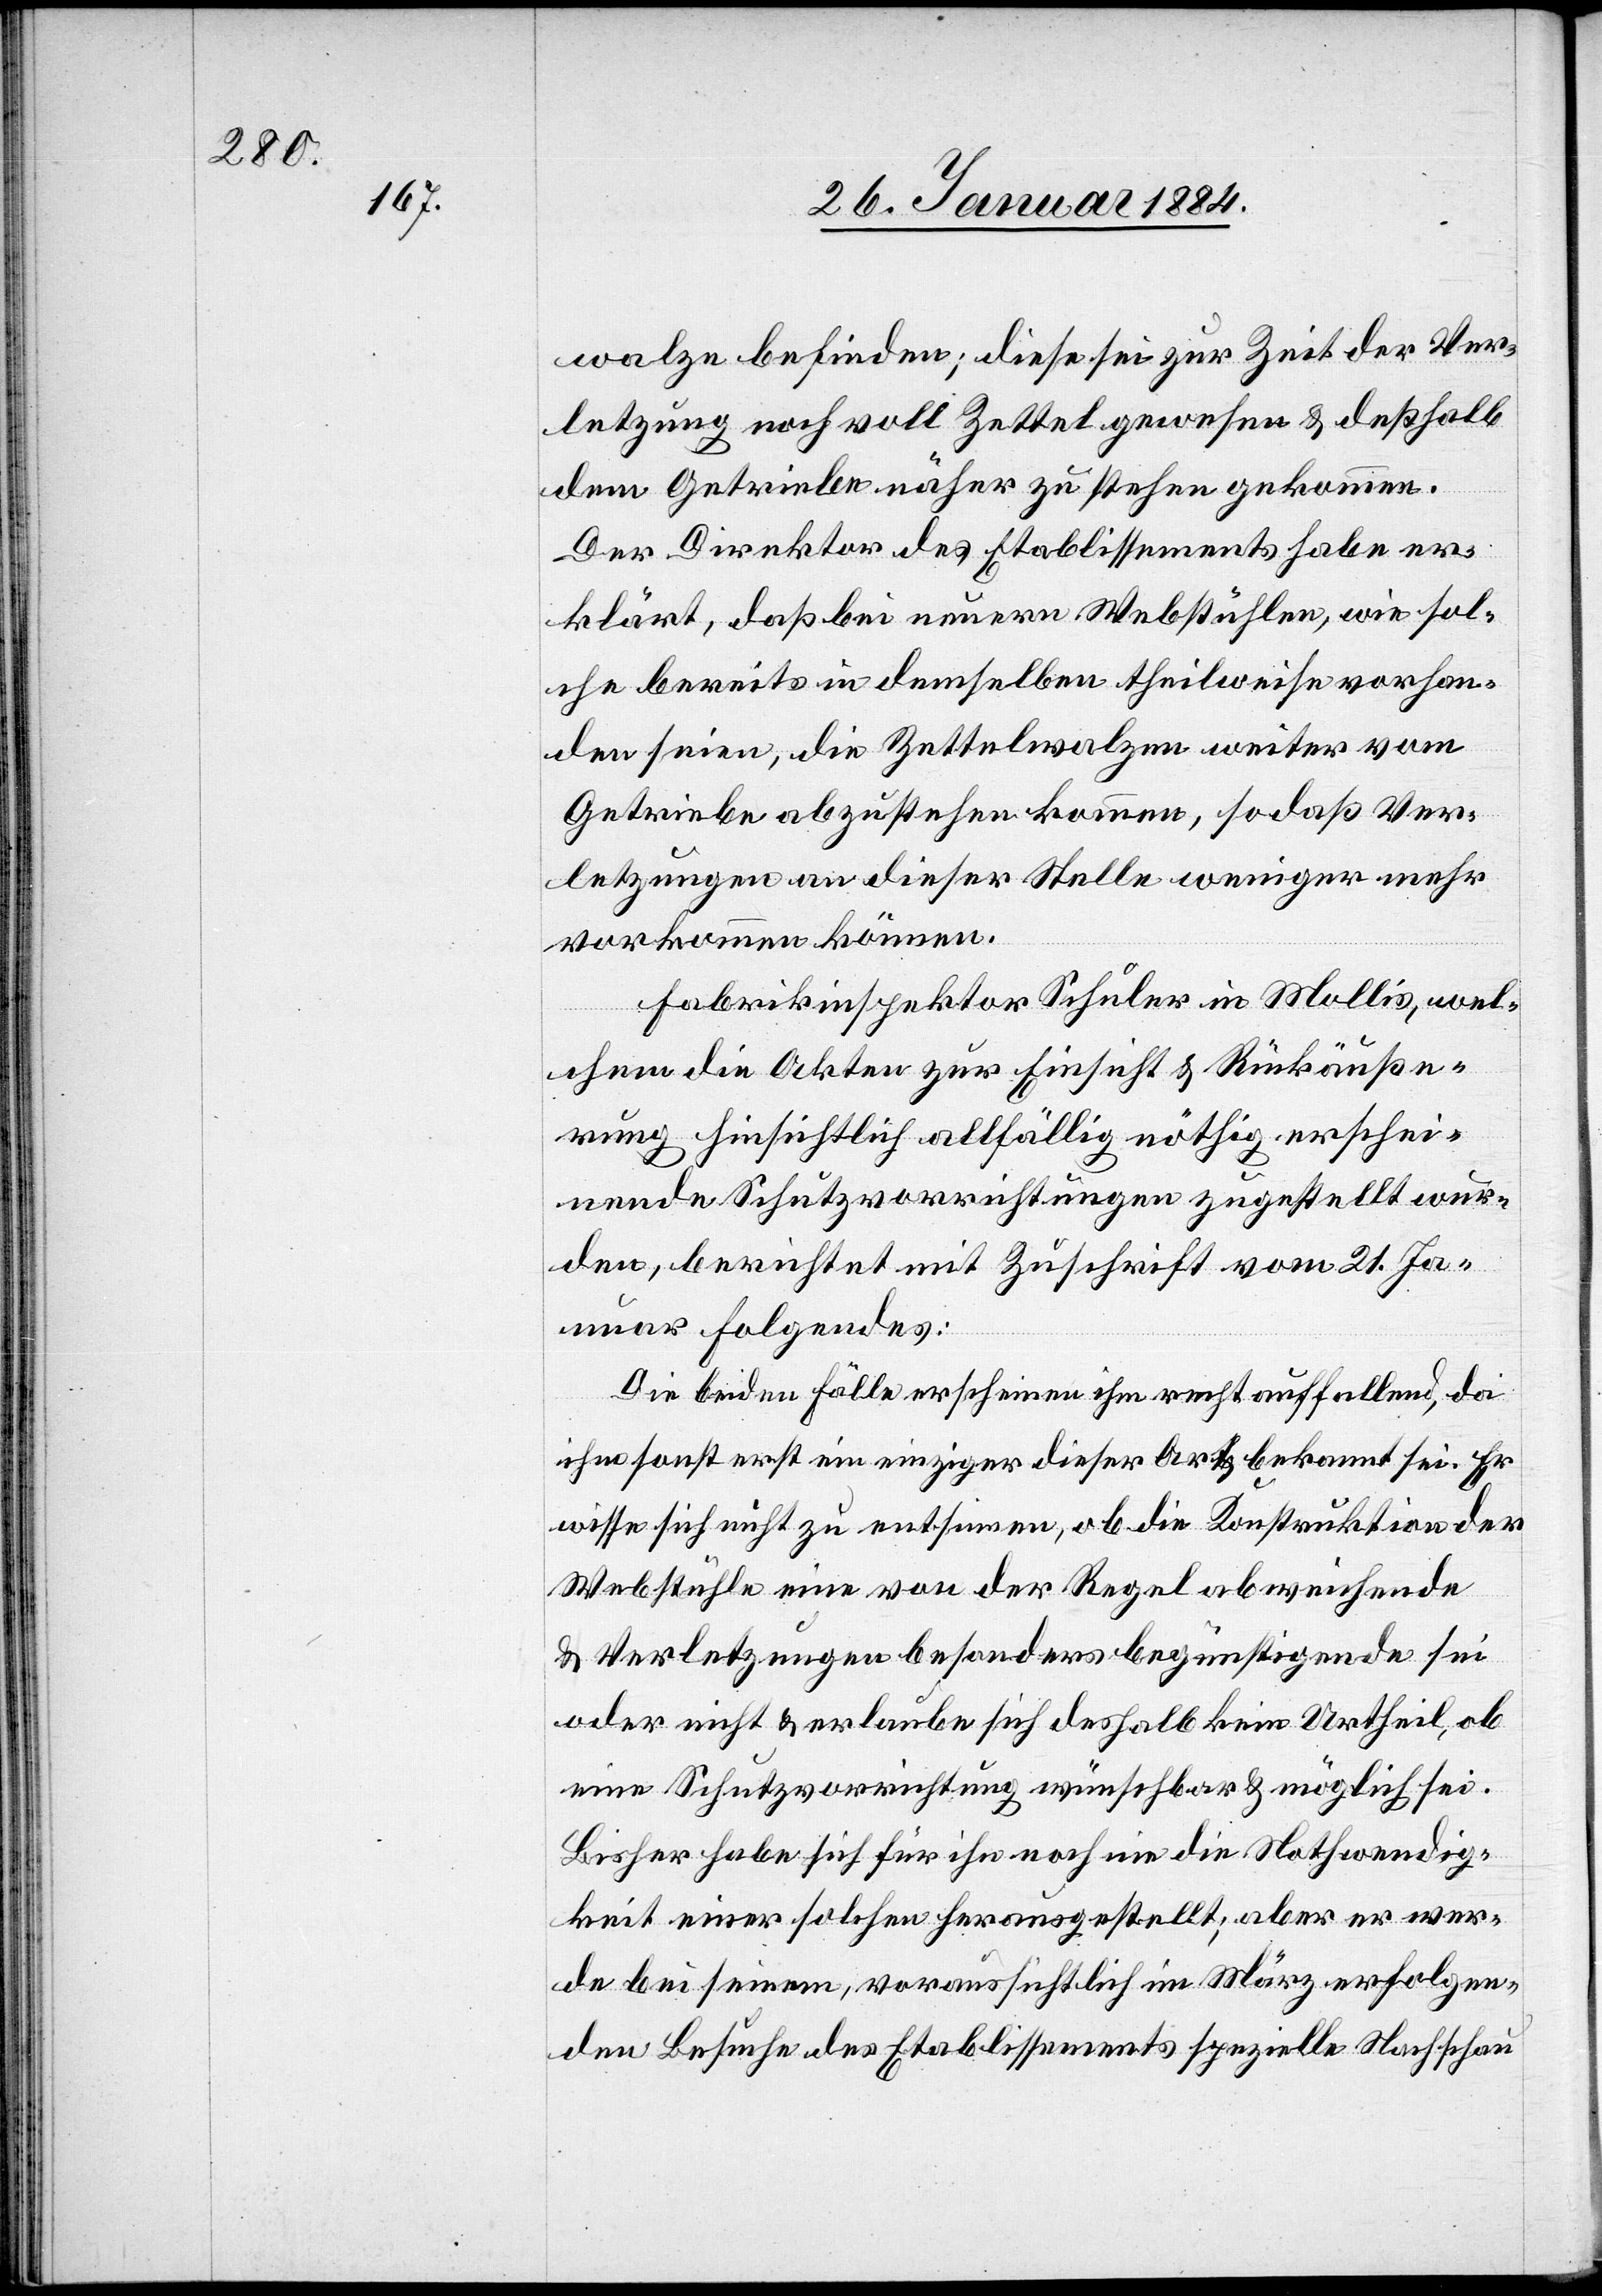
walze befinden; diese sei zur Zeit der Ver¬
letzung noch voll Zettel gewesen & deßhalb
dem Getriebe näher zu stehen gekommen.
Der Direktor des Etablissements habe er¬
klärt, daß bei neuern Webstühlen, wie sol¬
che bereits in demselben theilweise vorhan¬
den seien, die Zettelwalzen weiter vom
Getriebe abzustehen kommen, so daß Ver¬
letzungen an dieser Stelle weniger mehr
vorkommen können.
Fabrikinspektor Schuler in Mollis, wel¬
chem die Akten zur Einsicht & Rückäuße¬
rung hinsichtlich allfällig nöthig erschei¬
nender Schutzvorrichtungen zugestellt wur¬
den, berichtet mit Zuschrift vom 21. Ja¬
nuar Folgendes:
Die beiden Fälle erscheinen ihm recht auffallend, da
ihm sonst erst ein Einziger dieser Art bekannt sei. Er
wisse sich nicht zu entsinnen, ob die Konstruktion der
Webstühle eine von der Regel abweichende
& Verletzungen besonders begünstigende sei
oder nicht & er erlaube sich deshalb kein Urtheil, ob
eine Schutzvorrichtung wünschbar & möglich sei.
Bisher habe sich für ihn noch nie die Nothwendig¬
keit einer solchen herausgestellt, aber er wer¬
de bei seinem, voraussichtlich im März erfolgen¬
den Besuche des Etablissements spezielle Nachschau